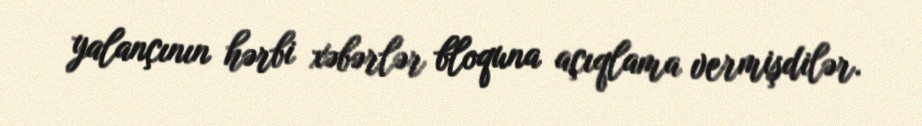
yalançının hərbi xəbərlər bloquna açıqlama vermişdilər.